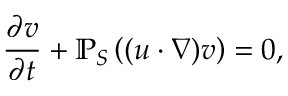
\frac { \partial v } { \partial t } + \mathbb { P } _ { S } \left( ( u \cdot \nabla ) v \right) = 0 ,